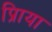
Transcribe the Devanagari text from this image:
प्रिाया